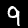
Digit: 9